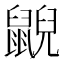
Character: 𪕨